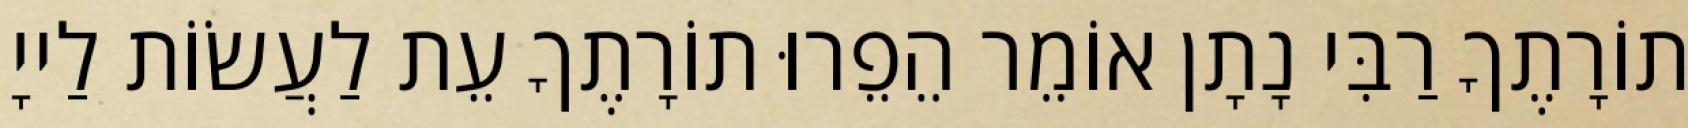
תוֹרָתֶךָ רַבִּי נָתָן אוֹמֵר הֵפֵרוּ תוֹרָתֶךָ עֵת לַעֲשׂוֹת לַייָ